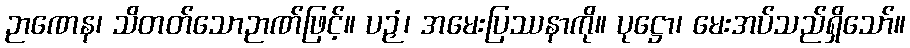
ဉာဏေန၊ သိတတ်သောဉာဏ်ဖြင့်။ ပဉှံ၊ အမေးပြဿနာကို။ ပုဋ္ဌော၊ မေးအပ်သည်ရှိသော်။